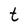
Character: t